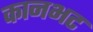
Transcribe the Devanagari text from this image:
कानभट